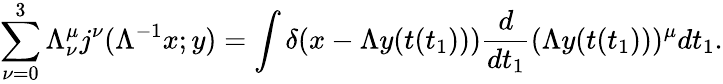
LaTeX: \sum_{\nu=0}^{3}\Lambda_{\nu}^{\mu}j^{\nu}(\Lambda^{-1}x;y)=\int\delta(x-\Lambda y(t(t_{1})))\frac{d}{dt_{1}}(\Lambda y(t(t_{1})))^{\mu}dt_{1}.